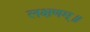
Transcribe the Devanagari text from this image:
लक्षणम्‌॥